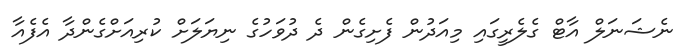
ނެޝަނަލް އާޓް ގެލެރީގައި މިއަދުން ފެށިގެން ދެ ދުވަހުގެ ނިޔަލަށް ކުރިއަށްގެންދާ އެފެއާ